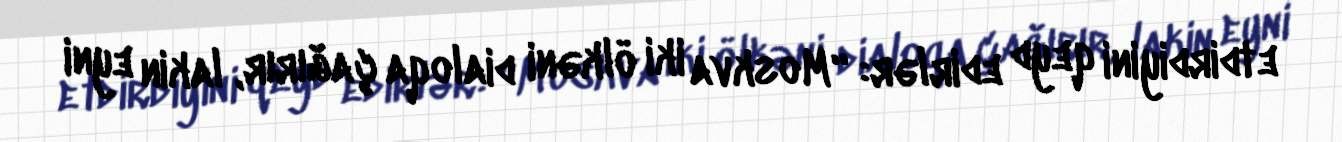
etdirdiyini qeyd edirlər: “Moskva iki ölkəni dialoqa çağırır, lakin eyni